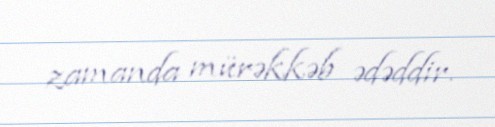
zamanda mürəkkəb ədəddir.